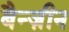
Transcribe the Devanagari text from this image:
बैन्ज़ीन